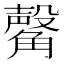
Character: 𧤴